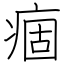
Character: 痼